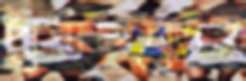
পূর্বাচলের